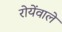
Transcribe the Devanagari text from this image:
रोयेंवाले